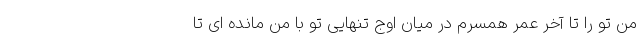
من تو را تا آخر عمر همسرم در میان اوج تنهایی تو با من مانده ای تا